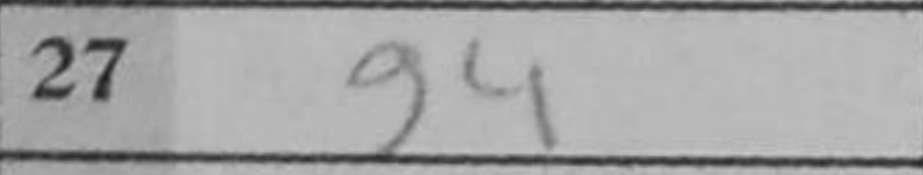
Transcription: g4